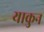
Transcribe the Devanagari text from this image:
याकुन